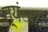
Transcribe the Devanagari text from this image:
त्यंाचे